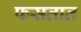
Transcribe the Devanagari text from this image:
फसतात